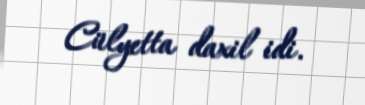
Cülyetta daxil idi.